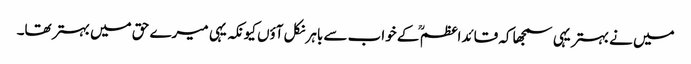
میں نے بہتر یہی سمجھا کہ قائداعظم ؒ کے خواب سے باہر نکل آؤں کیونکہ یہی میرے حق میں بہتر تھا۔